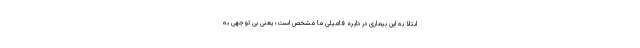
ابتلا به این بیماری در دایره فامیلی ما مشخص است؛ یعنی بی توجهی به